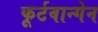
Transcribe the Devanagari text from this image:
फूर्टवान्गेन